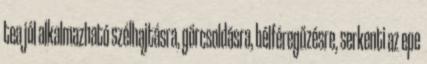
tea jól alkalmazható szélhajtásra, görcsoldásra, bélféregűzésre, serkenti az epe